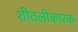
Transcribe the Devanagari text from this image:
शीतलीकारक